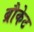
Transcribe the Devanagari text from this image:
ब्रौकेट